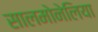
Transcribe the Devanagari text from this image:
सालमोनेलिया